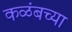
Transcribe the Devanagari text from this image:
कळंबच्या